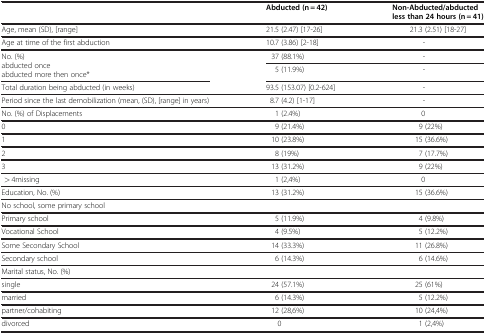
<table><thead><tr><td><b> </b></td><td><b>Abducted (n = 42)</b></td><td><b>Non-Abducted/abducted less than 24 hours (n = 41)</b></td></tr></thead><tbody><tr><td>Age, mean (SD), [range]</td><td>21.5 (2.47) [17-26]</td><td>21.3 (2.51) [18-27]</td></tr><tr><td>Age at time of the first abduction</td><td>10.7 (3.86) [2-18]</td><td>-</td></tr><tr><td rowspan="2">No. (%) abducted once abducted more then once*</td><td>37 (88.1%)</td><td>-</td></tr><tr><td>5 (11.9%)</td><td>-</td></tr><tr><td>Total duration being abducted (in weeks)</td><td>93.5 (153.07) [0.2-624]</td><td>-</td></tr><tr><td>Period since the last demobilization (mean, (SD), [range] in years)</td><td>8.7 (4.2) [1-17]</td><td>-</td></tr><tr><td>No. (%) of Displacements</td><td>1 (2.4%)</td><td>0</td></tr><tr><td>0</td><td>9 (21.4%)</td><td>9 (22%)</td></tr><tr><td>1</td><td>10 (23.8%)</td><td>15 (36.6%)</td></tr><tr><td>2</td><td>8 (19%)</td><td>7 (17.7%)</td></tr><tr><td>3</td><td>13 (31.2%)</td><td>9 (22%)</td></tr><tr><td> &gt; 4missing</td><td>1 (2,4%)</td><td>0</td></tr><tr><td>Education, No. (%)</td><td>13 (31.2%)</td><td>15 (36.6%)</td></tr><tr><td>No school, some primary school</td><td> </td><td> </td></tr><tr><td>Primary school</td><td>5 (11.9%)</td><td>4 (9.8%)</td></tr><tr><td>Vocational School</td><td>4 (9.5%)</td><td>5 (12.2%)</td></tr><tr><td>Some Secondary School</td><td>14 (33.3%)</td><td>11 (26.8%)</td></tr><tr><td>Secondary school</td><td>6 (14.3%)</td><td>6 (14.6%)</td></tr><tr><td>Marital status, No. (%)</td><td> </td><td> </td></tr><tr><td>single</td><td>24 (57.1%)</td><td>25 (61%)</td></tr><tr><td>married</td><td>6 (14.3%)</td><td>5 (12.2%)</td></tr><tr><td>partner/cohabiting</td><td>12 (28,6%)</td><td>10 (24,4%)</td></tr><tr><td>divorced</td><td>0</td><td>1 (2,4%)</td></tr></tbody></table>